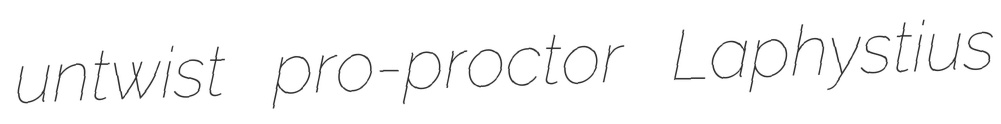
untwist pro-proctor Laphystius